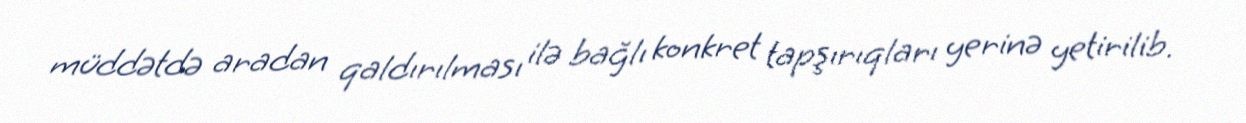
müddətdə aradan qaldırılması ilə bağlı konkret tapşırıqları yerinə yetirilib.